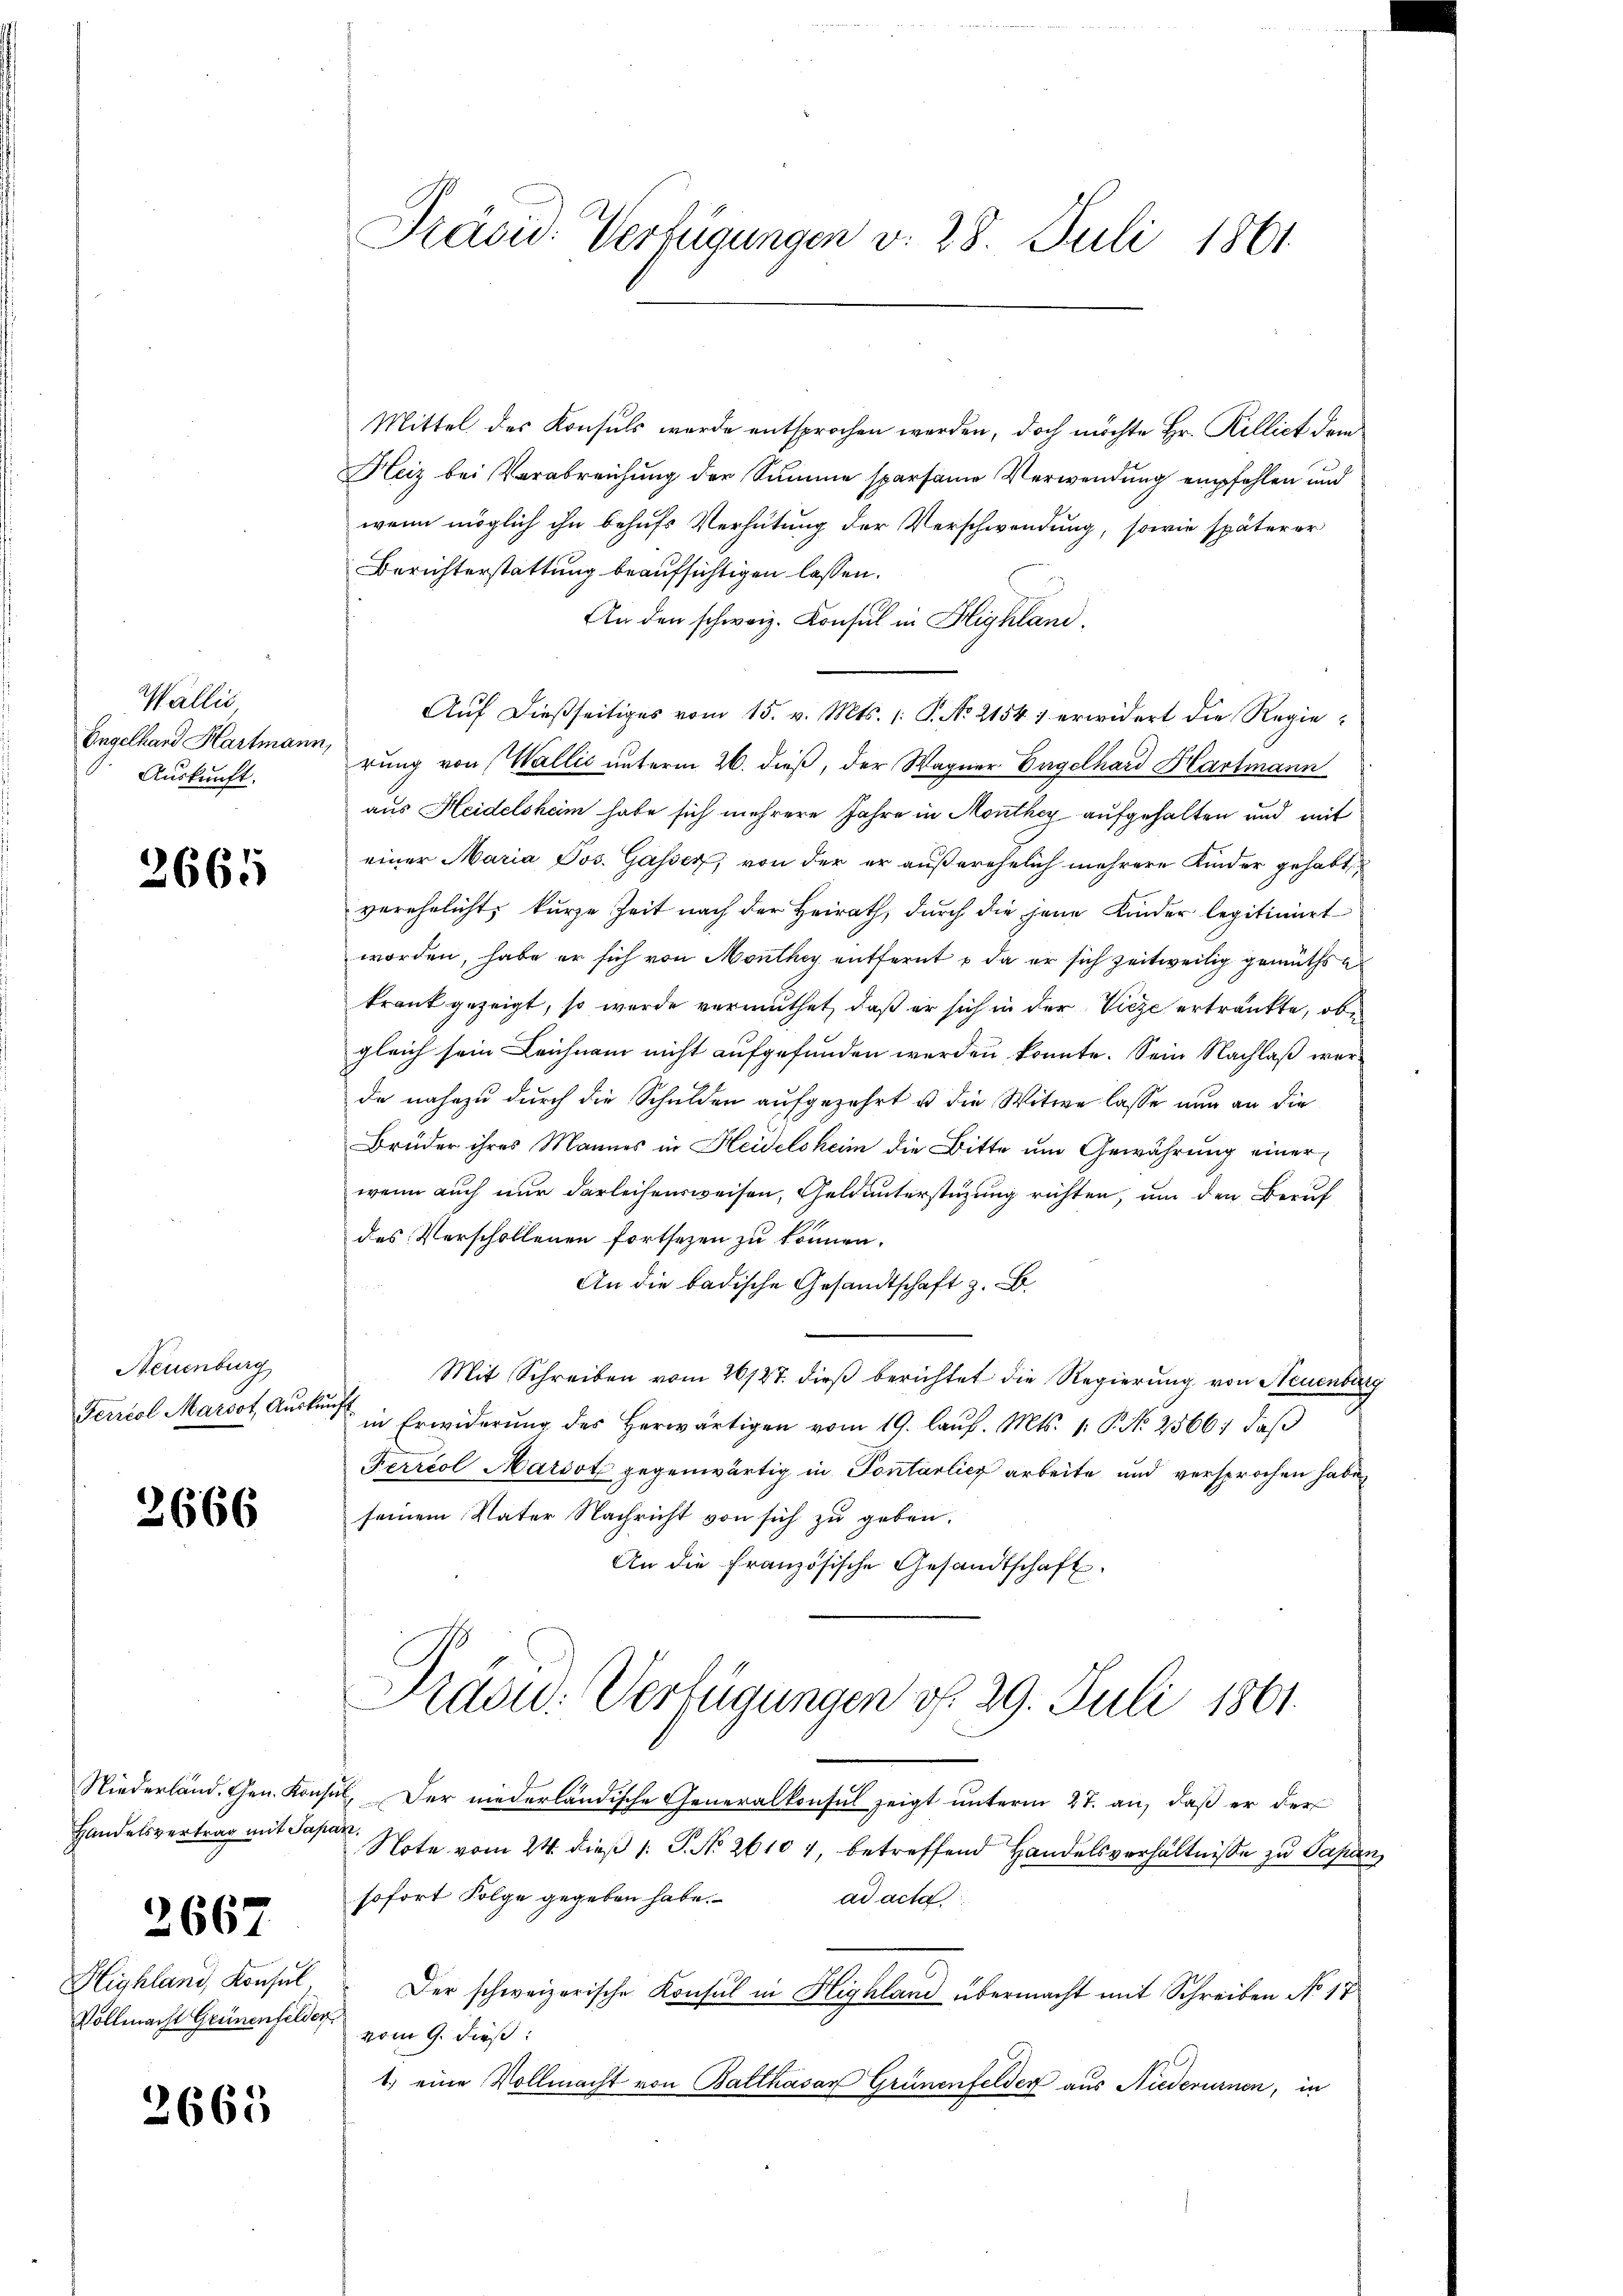
Wallis,
Engelhand Hartmann,
Auskunft.

2665

Neuenburg
Ferriol Marsot, Auskunft.

2666

Handelsvertrag mit Japan,
2667
Vollmacht Grünenfelder

2663

Präsid. Verfügungen v. 28. Juli 1861.

Mittel des Konsuls wurde entsprochen werden, doch möchte Hr. Rillict dem
Heiz bei Verabreichung der Summe sparsame Verwendung empfehlen und
wenn möglich ihn behufs Verhütung der Verschwendung, sowie späterer
Berichterstattung beaufsichtigen lassen.
An den schweiz. Konsul in Highland.
Aŭf dießseitiges vom 15. v. Mts. /: P. No 2154) erwidert die Regierung von Wallić unterm 26. dieß, der Wagner Engelhard Hartmann
aus Heidelsheim habe sich mehrere Jahre in Monthey aufgehalten und mit
einer Maria Jos. Gasser, von der er außerehelich mehrere Kinder gehabt,
verehelicht kurze Zeit nach der Heirath, durch die jene Kinder legitimiert
worden, habe er sich von Monthey entfernt – da er sich zeitweilig gemüths a
krank gezeigt, so wurde vermuthet, daß er sich in der Vicze ertränkte, obe
gleich sein Leichnam nicht aufgefunden werden konnte. Sein Nachlaß werde nahezu durch die Schulden aufgezehrt u die Witwe lasse nun an die
Brüder ihres Mannes in Heidelsheim die Bitte um Gewährung einer
wenn auch nur darleihensweisen, Geld unterstüzung richten, um den Beruf
des Verschollenen fortsetzen zu können.
An die badische Gesandtschaft z. B.
Mit Schreiben vom 26/27. dieβ berichtet die Regierung von Neuenburg
in Erwiderŭng des herwärtigen vom 19. laŭf. Mts. 1. P. Nr. 2566. daβ
Ferriol Marsot gegenwärtig in Pontarlich arbeite und versprochen habe,
seinem Vater Nachricht von sich zu geben.
An die französische Gesandtschaft.
Pradu: Verfügungen d. 29. Juli 1861.
Niederländ. Gen. Konsul, Der niederländische Generalkonsul zeigt unterm 27. an, daß er der
Note vom 24. dieß 1: P. No. 26107, betreffend Handelsverhältnisse zu Papan
sofort Folge gegeben habe.
ad acta.
Highland, Konsul, Der schweizerische Konsul in Highland übermacht mit Schreiben No 17
vom 9. dieß:
1.) eine Vollmacht von Balthasar Grünenfelder aus Niederurnen, in